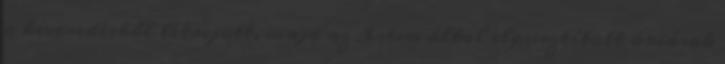
a keveredésből létrejött, majd az Isten által elpusztított óriások